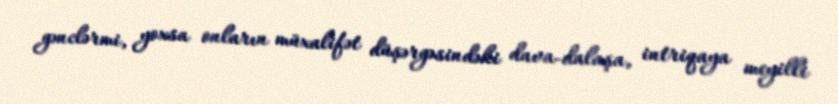
gənclərmi, yoxsa onların müxalifət düşərgəsindəki dava-dalaşa, intriqaya meyilli